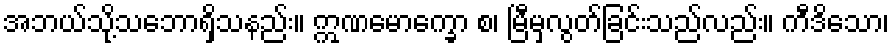
အဘယ်သို့သဘောရှိသနည်း။ ဣဏမောက္ခော စ၊ မြီမှလွတ်ခြင်းသည်လည်း။ ကီဒိသော၊